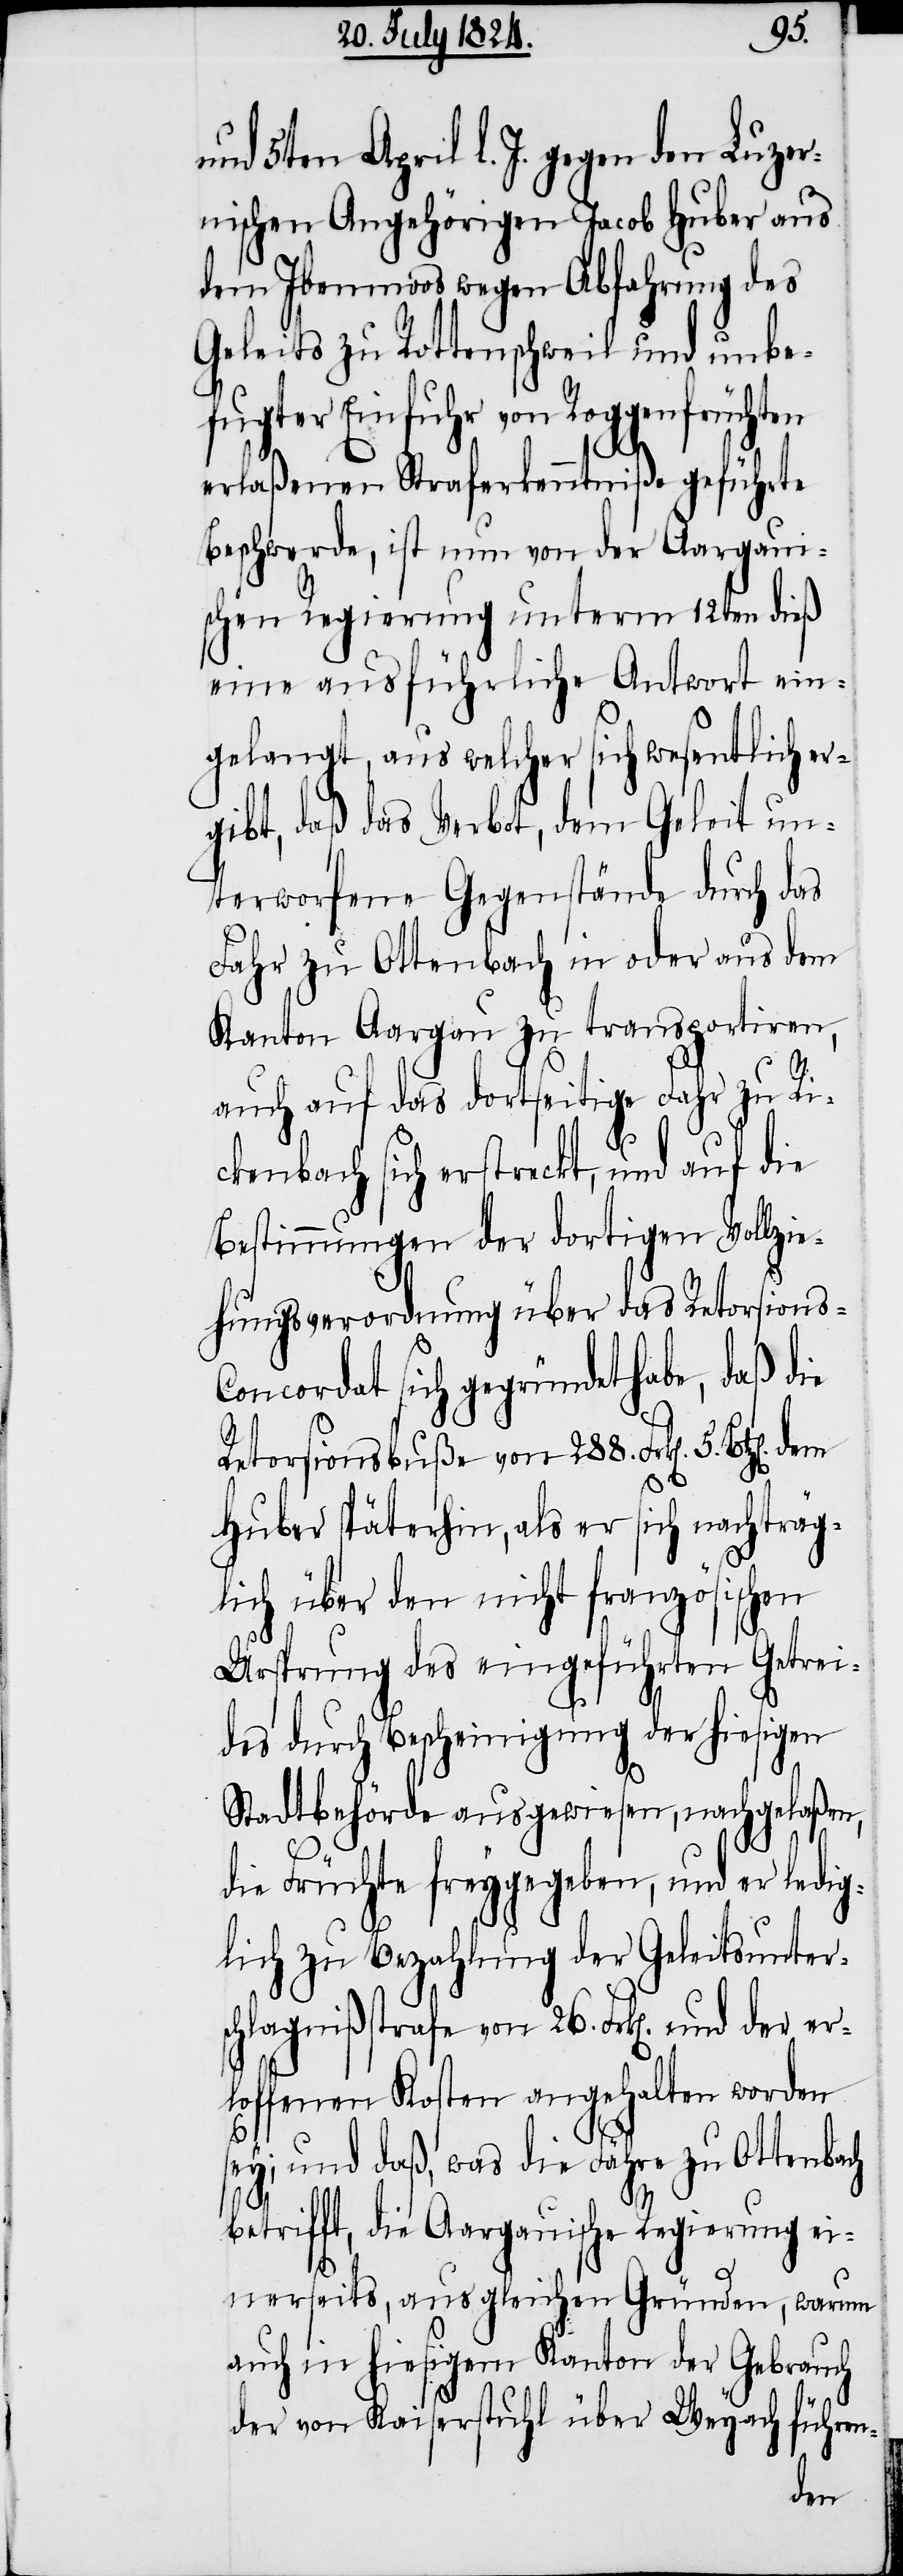
und 5ten April d. J. gegen den Luzer¬
nischen Angehörigen Jacob Huber aus
dem Ibenmoos wegen Abfahrung des
Geleits zu Rottenschweil und unbe¬
fugter Einfuhr von Roggenfrüchten
erlaßenen Straferkenntniße geführte
Beschwerde, ist nun von der Aargaui¬
schen Regierung unterm 12ten dieß
eine ausführliche Antwort ein¬
gelangt, aus welcher sich wesentlich er¬
gibt, daß das Verbot, dem Geleit un¬
terworfene Gegenstände durch das
Fahr zu Ottenbach in oder aus dem
Kanton Aargau zu transportiren,
auch auf das dortseitige Fahr zu Ri¬
ckenbach sich erstreckt, und auf die
Bestimmungen der dortigen Vollzi¬
ehungsverordnung über das Retorisions-C¬
oncordat sich gegründet habe, daß die
Retorsionsbuße von 288. Frk[en].
5.
er¬
Huber späterhin, als er sich nachträg¬
lich über den nicht französischen
Ursprung des eingeführten Getrei¬
des durch Bescheinigung der hiesigen
Stadtbehörde ausgewiesen, nachgelaßen,
die Früchte freygegeben, und er ledig¬
lich zu Bezahlung der Geleitsunter¬
schlagnißstrafe von 26. Frk[en]. und der
loffenen Kosten angehalten worden
sey; und daß, was die Fähre zu Ottenbach
betrifft, die Aargauische Regierung ei¬
nerseits, aus gleichen Gründen, warum
auch in hiesigem Kanton der Gebrauch
der von Kaiserstuhl über Weyach führen-
dem